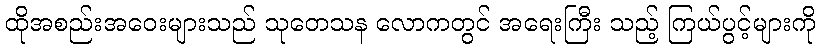
ထိုအစည်းအဝေးများသည် သုတေသန လောကတွင် အရေးကြီး သည့် ကြယ်ပွင့်များကို